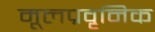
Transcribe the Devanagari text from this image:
मूलप्रवृनिक